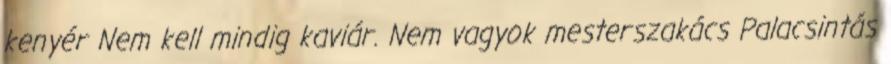
kenyér Nem kell mindig kaviár. Nem vagyok mesterszakács Palacsintás